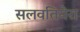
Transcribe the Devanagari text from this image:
सलवतियेरा